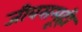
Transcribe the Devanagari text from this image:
जीवसमूही